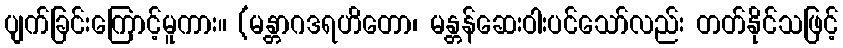
ပျက်ခြင်းကြောင့်မူကား။ (မန္တာဂဒရဟိတော၊ မန္တန်ဆေးဝါးပင်သော်လည်း တတ်နိုင်သဖြင့်